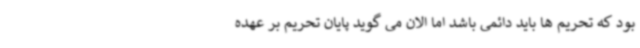
بود که تحریم ها باید دائمی باشد اما الان می گوید پایان تحریم بر عهده